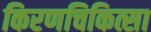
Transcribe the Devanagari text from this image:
किरणचिकित्सा